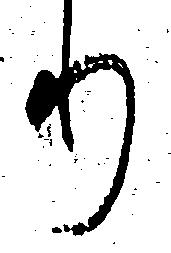
り